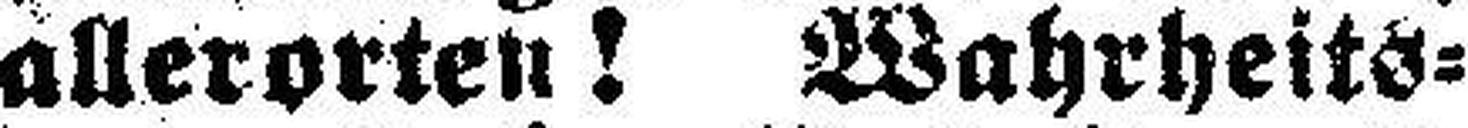
allerorten! Wahrheits¬